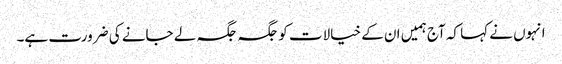
انہوں نے کہا کہ آج ہمیں ان کے خیالات کو جگہ جگہ لے جانے کی ضرورت ہے۔